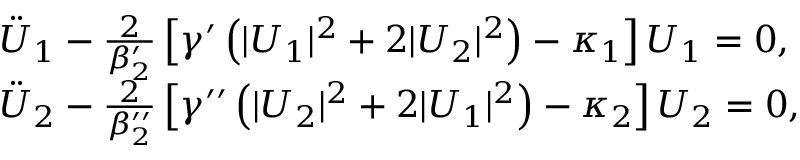
\begin{array} { r l } & { \ddot { U } _ { 1 } - \frac { 2 } { \beta _ { 2 } ^ { \prime } } \left[ \gamma ^ { \prime } \left( | U _ { 1 } | ^ { 2 } + 2 | U _ { 2 } | ^ { 2 } \right) - \kappa _ { 1 } \right] U _ { 1 } = 0 , } \\ & { \ddot { U } _ { 2 } - \frac { 2 } { \beta _ { 2 } ^ { \prime \prime } } \left[ \gamma ^ { \prime \prime } \left( | U _ { 2 } | ^ { 2 } + 2 | U _ { 1 } | ^ { 2 } \right) - \kappa _ { 2 } \right] U _ { 2 } = 0 , } \end{array}